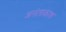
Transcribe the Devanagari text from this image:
अनंताकाश